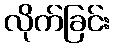
လိုက်ခြင်း